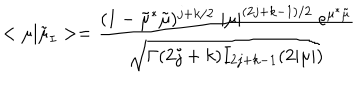
LaTeX: < \mu | \tilde { \mu } _ { I } > = \frac { ( 1 - \tilde { \mu } ^ { * } \tilde { \mu } ) ^ { j + k / 2 } \; | \mu | ^ { ( 2 j + k - 1 ) / 2 } \; e ^ { \mu ^ { * } \tilde { \mu } } } { \sqrt { \Gamma ( 2 j + k ) I _ { 2 j + k - 1 } ( 2 | \mu | ) } }